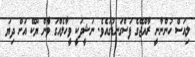
ލިއަސް ހުންނާނީ ރާއްޖޭގެ ފަސްގަނޑުގައެވެ. ނަޝީދަކީ ވީހާލެއްގަ ވާްން ޔޫކޭ އަށް ދިޔަ